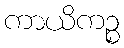
ကာယိကဉ္စ